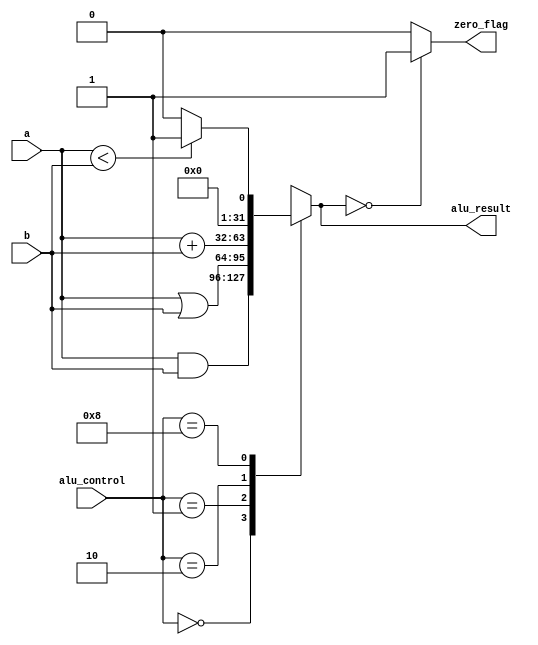
module alu
// IO ports
(
    input  wire [31:0] a,
    input  wire [31:0] b,
    input  wire [3:0] alu_control,
    output reg [31:0] alu_result,
    output wire zero_flag
);

// ALU control symbolic representation
localparam [3:0]
           AND = 4'b0000,
           OR  = 4'b0001,
           ADD = 4'b0010,
           SUB = 4'b0010,
           SLT = 4'b1000;

// body
always @*
begin
    case(alu_control)

        AND:
            alu_result = a & b;         // BITWISE AND
        
        OR:
            alu_result = a | b;         // BITWISE OR

        ADD:
            alu_result = a + b;         // ADD

        SUB:
            alu_result = a - b;         // SUBTRACT
        
        SLT:
            alu_result = (a < b) ? 32'b1 : 32'b0;   // SET ON LESS THAN
        
        default:
            alu_result = 32'bx;
    
    endcase
end

assign zero_flag = (alu_result == 32'b0) ? 1'b1 : 1'b0;

endmodule